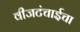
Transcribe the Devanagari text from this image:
वीजटंचाईचा